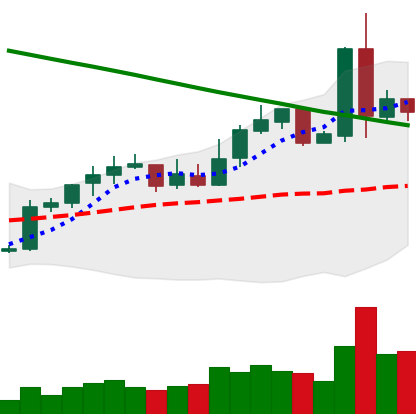
Ticker: NEO-USD
Chart end date: 2019-02-26
Forward return: -4.777%
Label: down_3_5